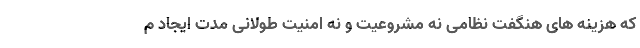
که هزینه های هنگفت نظامی نه مشروعیت و نه امنیت طولانی مدت ایجاد م